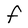
Character: F